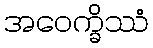
အဝေက္ခိဿံ